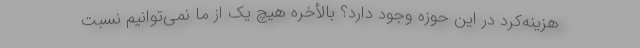
هزینه‌کرد در این حوزه وجود دارد؟ بالأخره هیچ یک از ما نمی‌توانیم نسبت